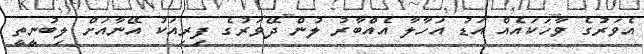
އެވަރުގެ ވާހަކައެއް އަޑު އަހާލާ އެއްބާރު ލުން ދޭވަރުގެ ފިރިއަކު އޭނާއަށް ލިބުނީތީ